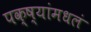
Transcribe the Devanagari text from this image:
पक्ष्यांमधलं